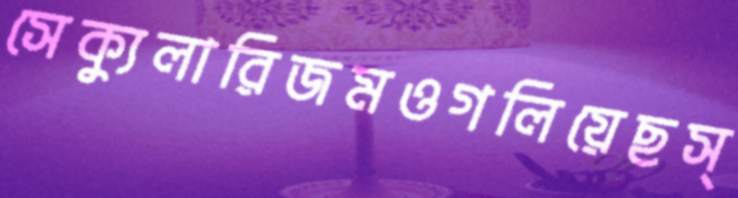
সেক্যুলারিজমওগলিয়েছস্